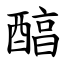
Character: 醕